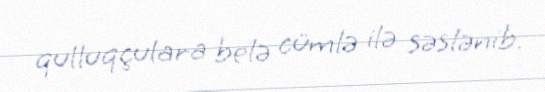
qulluqçulara belə cümlə ilə səslənib.